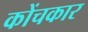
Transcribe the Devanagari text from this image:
कोंचकार